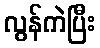
လွန်ကဲပြီး